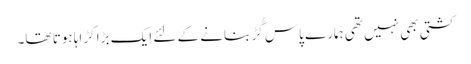
کشتی بھی نہیں تھی ہمارے پاس گُڑ بنانے کے لئے ایک بڑا کڑاہا ہوتا تھا۔